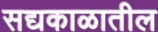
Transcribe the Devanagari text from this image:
सद्यकाळातील